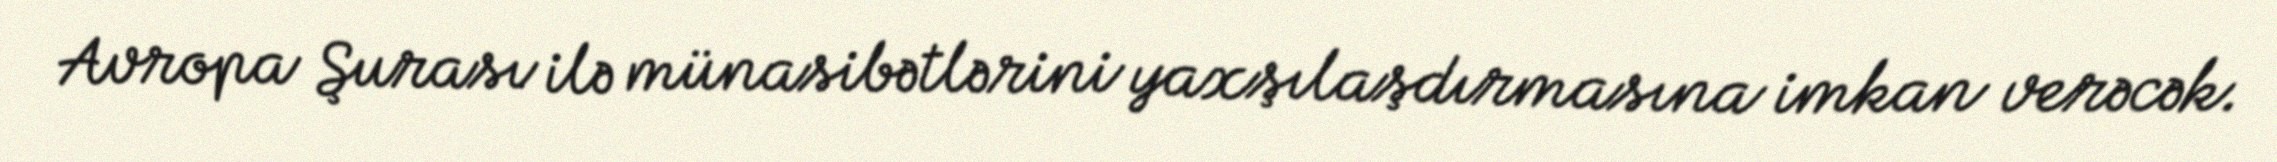
Avropa Şurası ilə münasibətlərini yaxşılaşdırmasına imkan verəcək.